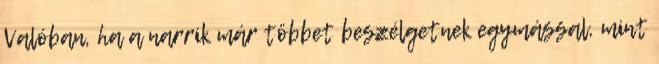
Valóban, ha a narrik már többet beszélgetnek egymással, mint